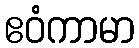
ဧဝံကာမာ